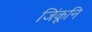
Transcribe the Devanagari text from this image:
जिंकूनि